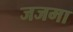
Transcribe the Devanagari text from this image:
जजमा